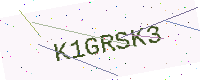
Text: K1GRSK3